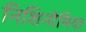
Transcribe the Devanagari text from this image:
निशिनोमिया